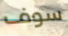
سوف